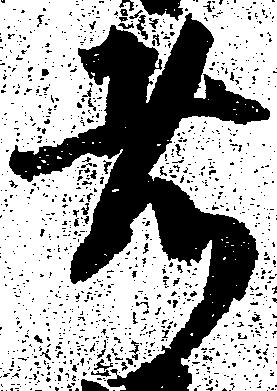
者